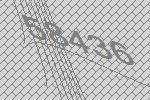
58436